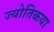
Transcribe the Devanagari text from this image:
ज्‍योतिकया